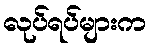
လုပ်ရပ်များက